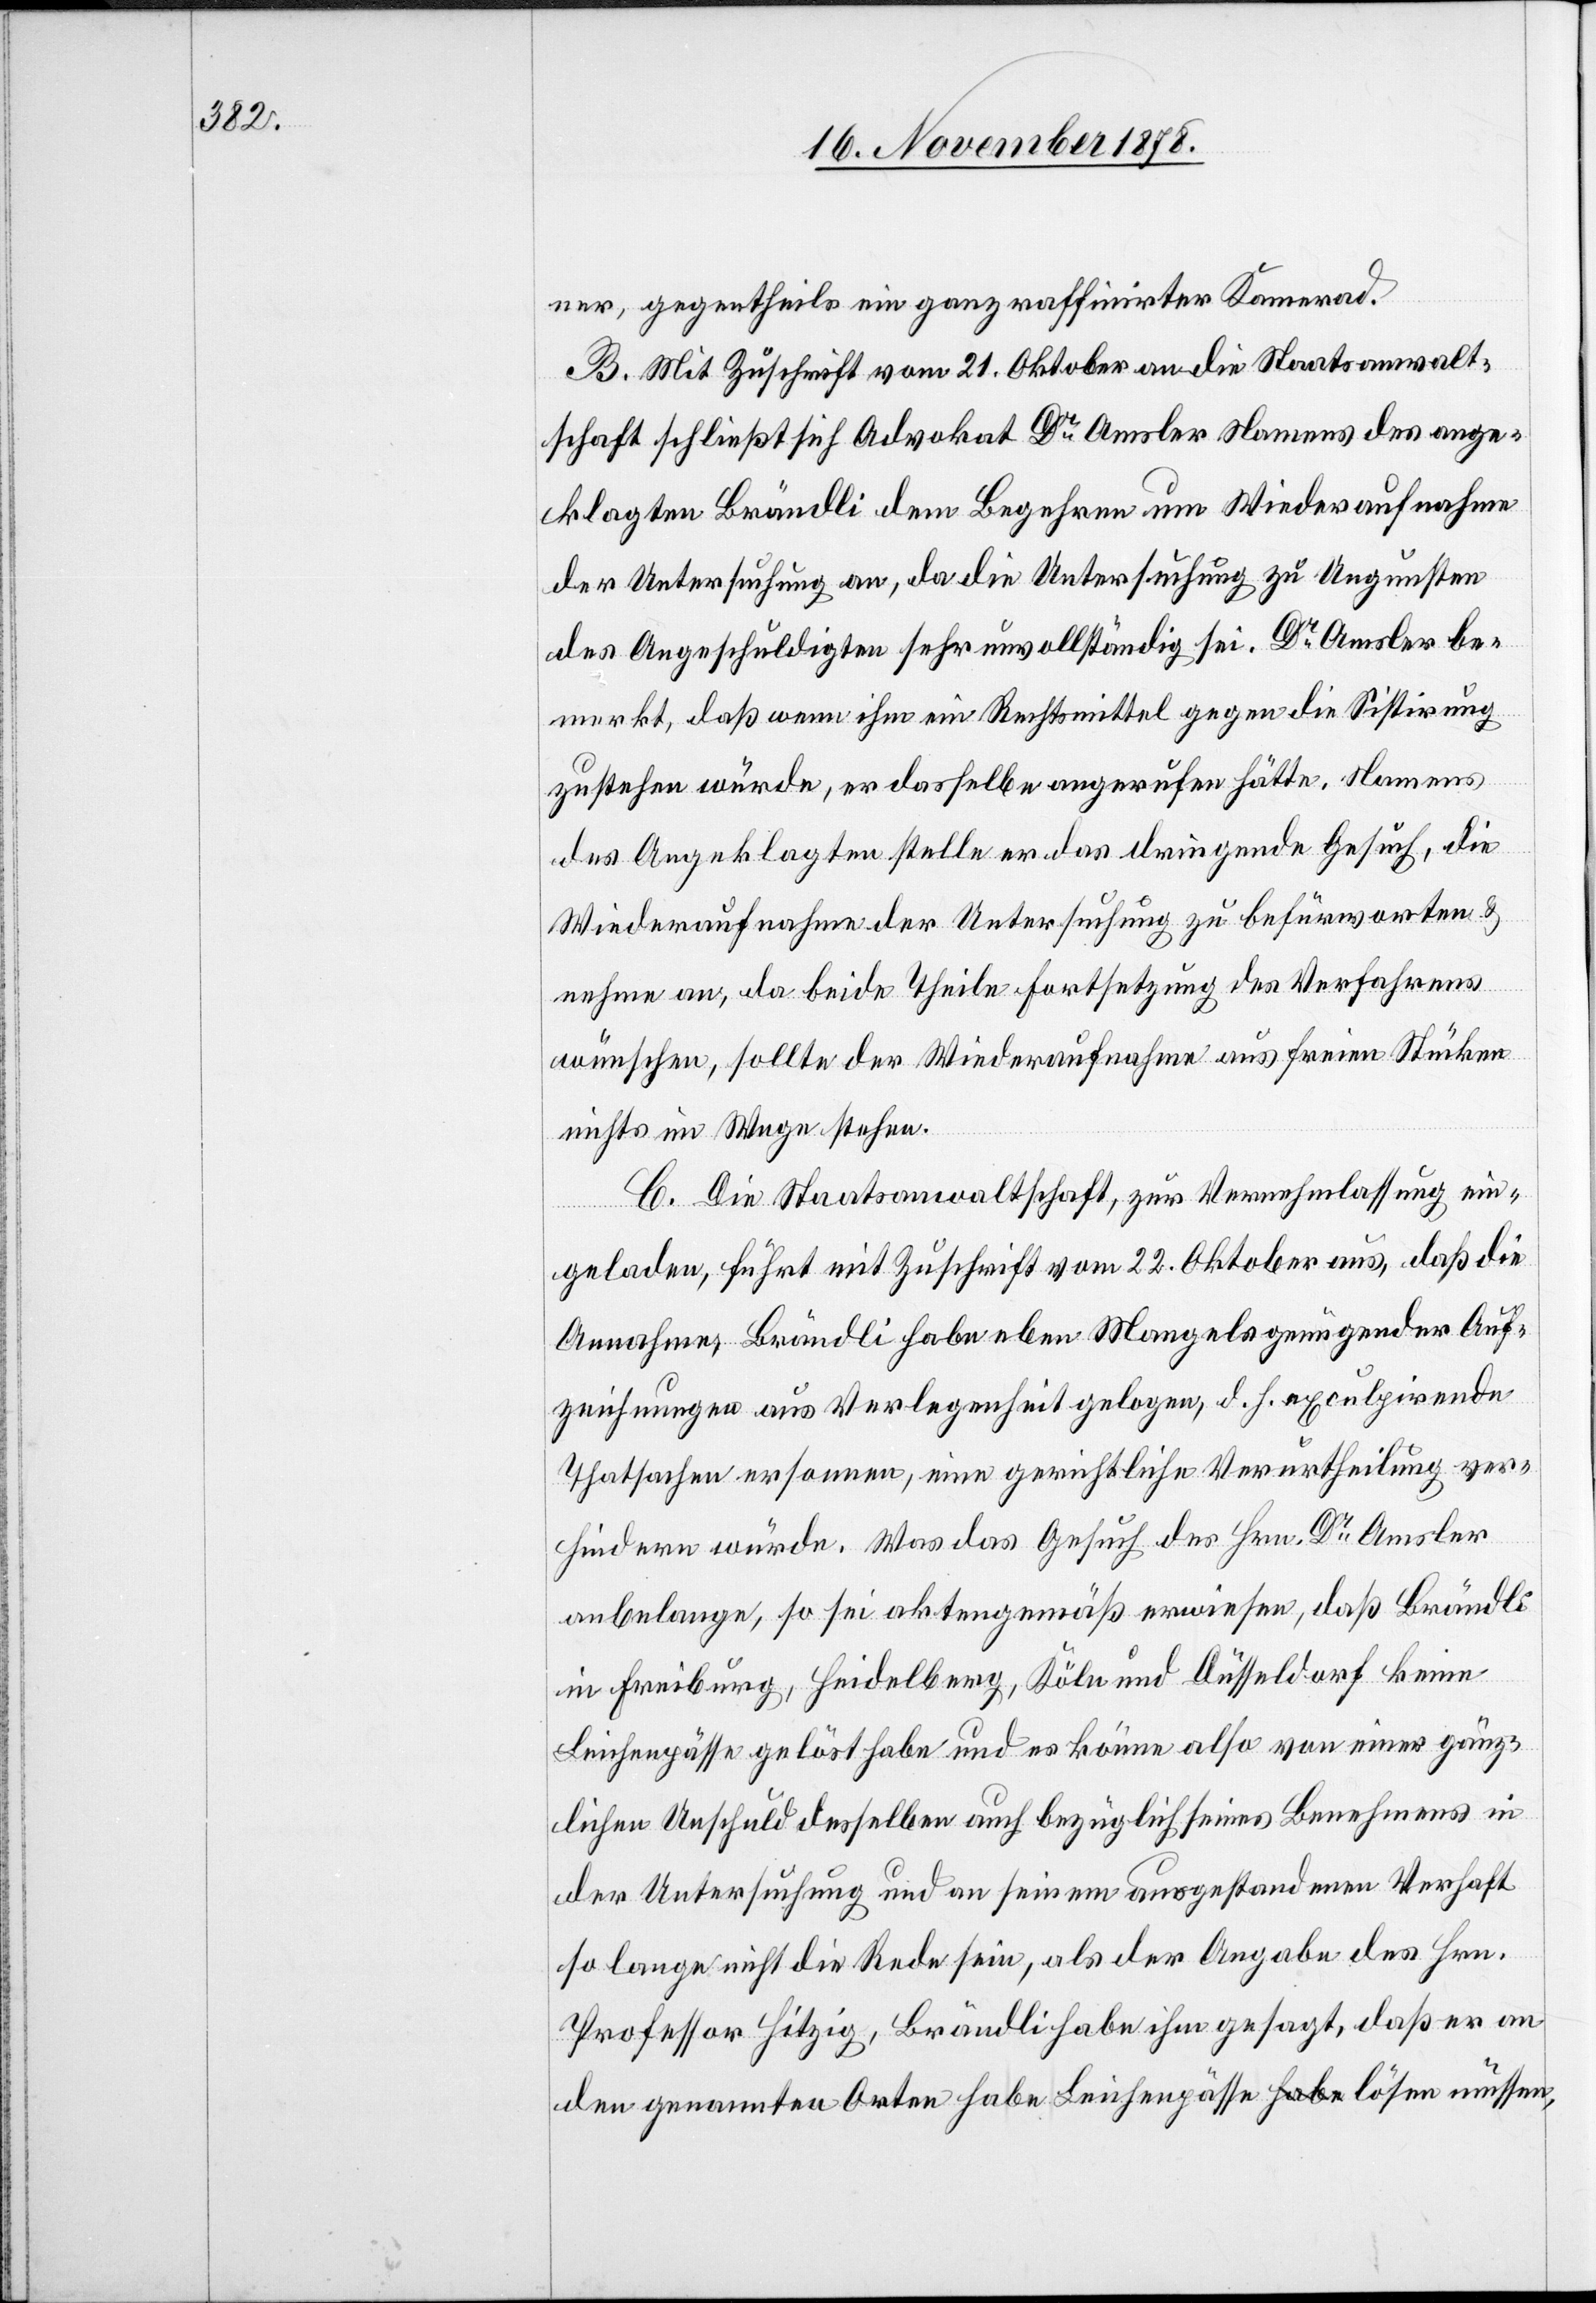
ner, gegentheils ein ganz raffinirter Kamerad.
B. Mit Zuschrift vom 21. Oktober an die Staatsanwalt¬
schaft schließt sich Advokat Dr Amsler Namens des ange¬
klagten Brändli dem Begehren um Wiederaufnahme
der Untersuchung an, da die Untersuchung zu Ungunsten
des Angeschuldigten sehr unvollständig sei. Dr Amsler be¬
merkt, daß wenn ihm ein Rechtsmittel gegen die Sistirung
zustehen würde, er dasselbe angerufen hätte. Namens
des Angeklagten stelle er das dringende Gesuch, die
Wiederaufnahme der Untersuchung zu befürworten &
nehme an, da beide Theile Fortsetzung des Verfahrens
wünschen, sollte der Weideraufnahme aus freien Stücken
nichts im Wege stehen.
C. Die Staatsanwaltschaft, zur Vernehmlassung ein¬
geladen, führt mit Zuschrift vom 22. Oktober aus, daß die
Annahme, Brändli habe eben Mangels genügender Auf¬
zeichnungen aus Verlegenheit gelogen, d. h. exculpirende
Thatsachen ersonnen, eine gerichtliche Verurtheilung ver¬
hindern würde. Was das Gesuch des Hrn. Dr Amsler
anbelange, so sei aktengemäß erwiesen, daß Brändli
in Freiburg, Heidelberg, Köln und Düsseldorf keine
Leichenpässe gelöst habe und es könne also von einer gänz¬
lichen Unschuld desselben auch bezüglich seines Benehmens in
der Untersuchung und an seinem ausgestandenen Verhaft
so lange nicht die Rede sein, als der Angabe des Hrn.
Professor Hitzig, Brändli habe ihm gesagt, daß er an
den genannten Orten habe Leichenpässe lösen müssen,